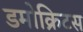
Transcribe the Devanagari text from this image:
डमोक्रिटस